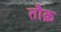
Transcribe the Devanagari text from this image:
तौक़